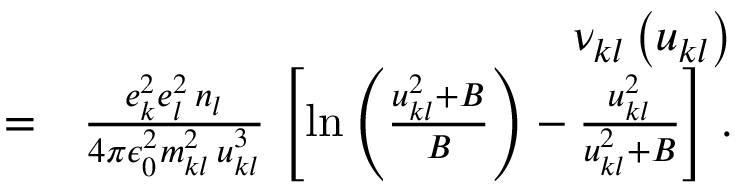
\begin{array} { r l r } & { } & { \nu _ { k l } \left( u _ { k l } \right) } \\ & { = } & { \frac { e _ { k } ^ { 2 } e _ { l } ^ { 2 } \, n _ { l } } { 4 \pi \epsilon _ { 0 } ^ { 2 } m _ { k l } ^ { 2 } \, u _ { k l } ^ { 3 } } \, \left[ \ln \left( \frac { u _ { k l } ^ { 2 } + B } { B } \right) - \frac { u _ { k l } ^ { 2 } } { u _ { k l } ^ { 2 } + B } \right] \, . } \end{array}